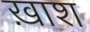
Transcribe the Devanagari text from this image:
ख़ाश